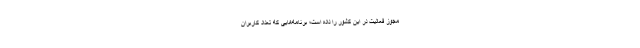
مجوز فعالیت در این کشور را داده است؛ برنامه‌هایی که تعداد کاربران